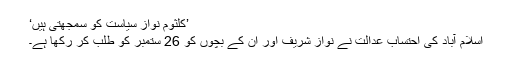
’کلثوم نواز سیاست کو سمجھتی ہیں‘
اسلام آباد کی احتساب عدالت نے نواز شریف اور ان کے بچوں کو 26 ستمبر کو طلب کر رکھا ہے۔